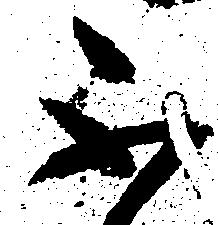
不